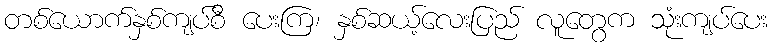
တစ်ယောက်နှစ်ကျပ်စီ ပေးကြ၊ နှစ်ဆယ့်လေးပြည် လူတွေက သုံးကျပ်ပေး